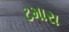
ટમારા